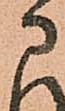
に